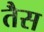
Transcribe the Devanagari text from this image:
तैस